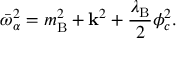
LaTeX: \bar { \omega } _ { \alpha } ^ { 2 } = m _ { \mathrm { B } } ^ { 2 } + { \bf k } ^ { 2 } + \frac { \lambda _ { \mathrm { B } } } { 2 } \phi _ { c } ^ { 2 } .